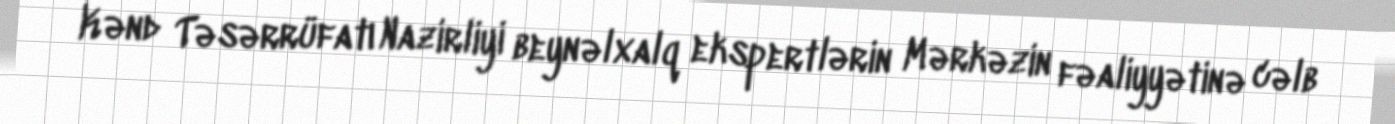
Kənd Təsərrüfatı Nazirliyi beynəlxalq ekspertlərin Mərkəzin fəaliyyətinə cəlb